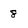
Character: 8